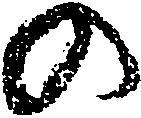
の